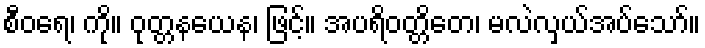
စီဝရေ၊ ကို။ ဝုတ္တနယေန၊ ဖြင့်။ အပရိဝတ္တိတေ၊ မလဲလှယ်အပ်သော်။